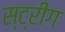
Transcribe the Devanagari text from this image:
स्ट्रींग